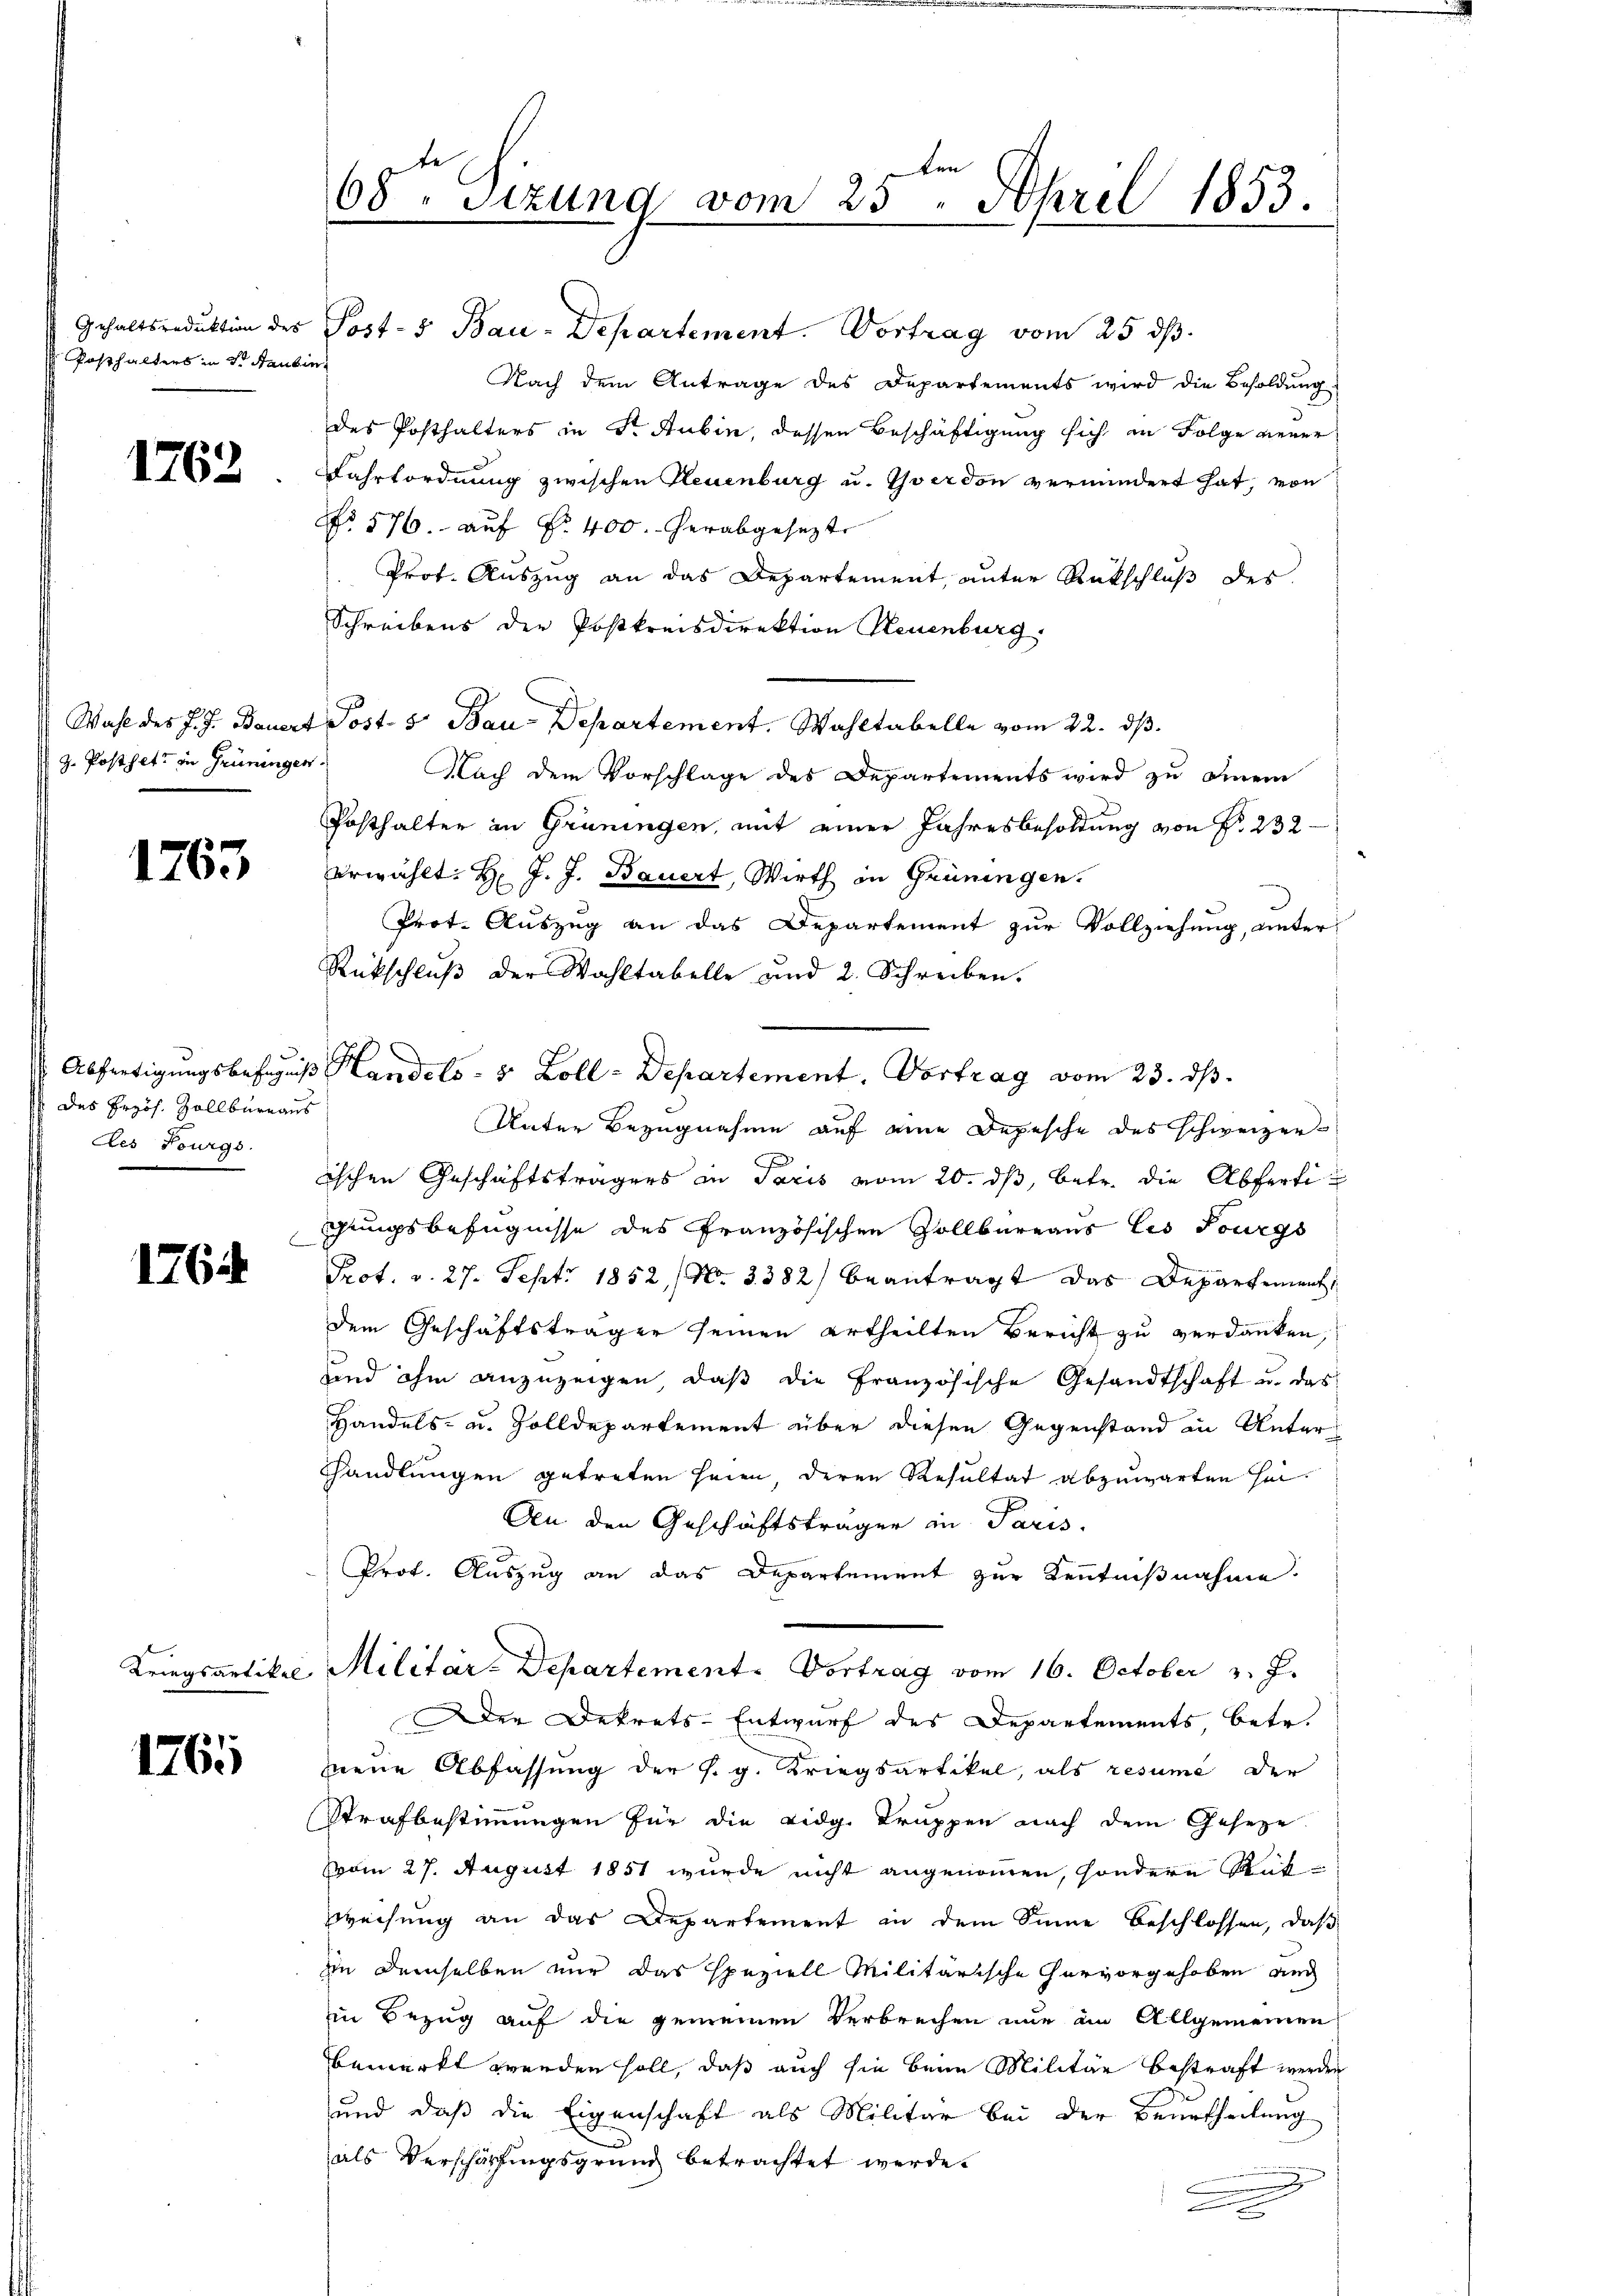
Posthalters in d. Stantin

1762.

z. Posthet, in Grüningen.

1763

des Erzös. Zollbureaus
des Fourgs

1764

Kriegsantikel

1765

e
68. Sizung vom 25. April 1853.

Gehaltsreduktion des Post- 5 Bau-Departement. Vortrag vom 25. ds.
Nach dem Antrage des Departements wird die Besoldung
des Posthalters in Sr. Rubin, dessen Beschäftigung sich in Folge verer¬
Fahrtordnung zwischen Neuenburg u. Iverdon vermindert hat, von
No 576. auf Nr. 400. herabgesezt
Prot. Auszug an das Departement, unter Rückschluß des
Schreibens der Postkreisdirektion Neuenburg.
Wahl des J. J. Bauert Post- 5. Bau-Departement. Wahltabelle vom 22. dβ.
Nach dem Vorschlage des Departements wird zu einem
Posthalter in Grüningen, mit einer Jahresbesoldung von Fr. 232
erwählt: H: J. J. Bauert, Wirth in Grüningen.
Prot. Auszug an das Departement zur Vollziehung, unter
Rückschluß der Wahltabelle und 2. Schreiben.
Abfertigungsbefugniß Handels- 8 Zoll - Departement, Vortrag vom 23. ds.
Unter Bezugnahme auf eine Depesche des schweizer-
ischen Geschäftsträgers in Paris vom 20. dβ, betr. die Abferti¬
Pungsbefugnisse des Französischen Zollbüreaus les Tourgs
Prot. d. 27. Sept. 1852, No 3382) beantragt das Departement,
dem Geschäftsträger seinen Urtheilten Bericht zu verdanken,
und ohne anzuzeigen, daß die Französische Gesandtschaft u. das
Handels- u. Zolldepartement über diesen Gegenstand in Unter¬
Hhandlungen getreten seien deren Resultat abzuwarten sei¬
An den Geschäftsträger in Paris.
Prof. Auszug an das Departement zur Kenntnißnahme.
Militär-Departement. Vortrag vom 16. October v. J.
der Dekrets-Entwurf des Departements, betr.
neue Abfassung der s. g. Kriegsartikel, als resume der
Strafbestimmungen für die Eidg. Truppen nach dem Geseze
vom 27. August 1851 wurde nicht angenommen, sondern Rük¬
Weisung an das Departement in dem Sinne beschlossen, daß
iin demselben nur das speziell Militärische Hervorgehoben auch
in Bezug auf die gemeinen Verbrechen nur in Allgemeinen
bemerkt werden soll, daß auch sie beim Militär bestraft werden
und daß die Eigenschaft als Militär bei der Beurtheilung
als Verschärfungsgrund betrachtet werde.
.